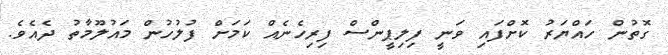
ގޮތުން ހައްޔަރު ކޮށްފައި ވަނީ ފިލިޕީންސް ފިރިހެނެއް ކަމަށް ފުލުހުން މައުލޫމާތު ދެއެވެ.